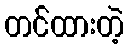
တင်ထားတဲ့